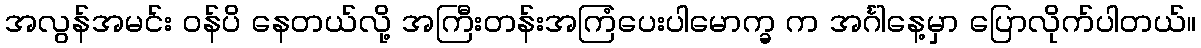
အလွန်အမင်း ဝန်ပိ နေတယ်လို့ အကြီးတန်းအကြံပေးပါမောက္ခ က အင်္ဂါနေ့မှာ ပြောလိုက်ပါတယ်။